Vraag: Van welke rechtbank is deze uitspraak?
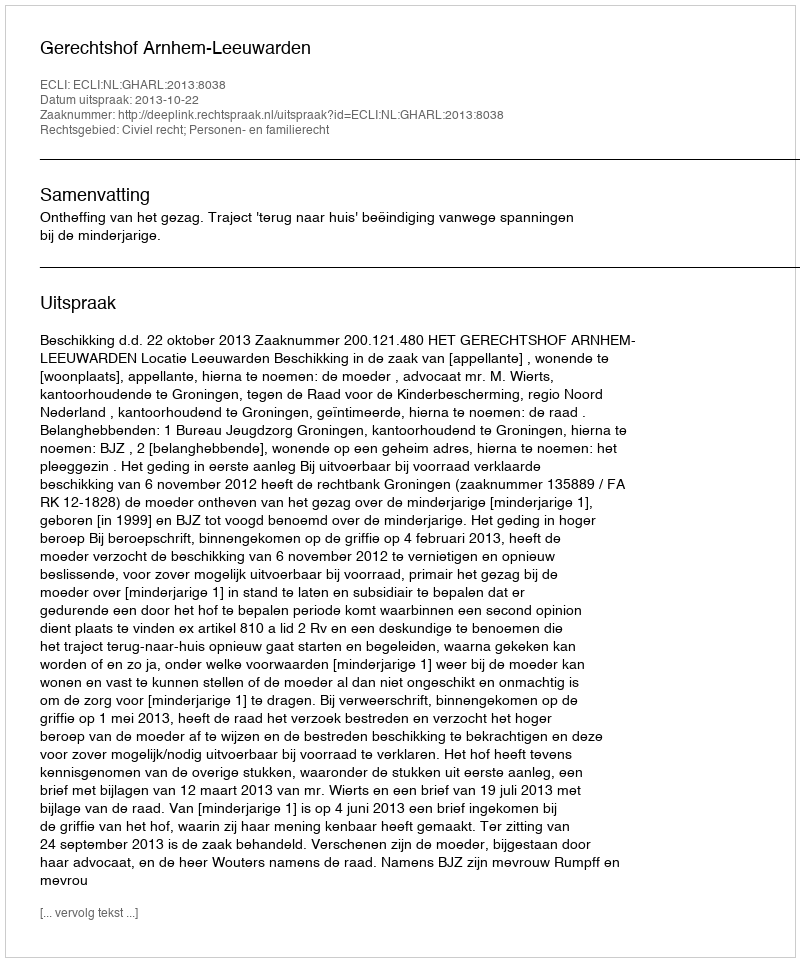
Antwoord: Gerechtshof Arnhem-Leeuwarden